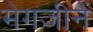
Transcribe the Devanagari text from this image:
मेगजीनें